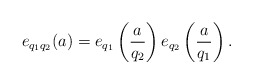
\begin{align*}e_{q_1 q_2}(a) = e_{q_1}\left(\frac{a}{q_2}\right) e_{q_2}\left( \frac{a}{q_1} \right).\end{align*}